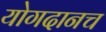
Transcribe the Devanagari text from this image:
योगदानच